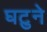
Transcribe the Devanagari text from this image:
घटुने